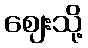
ဈေးသို့